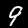
Digit: 9